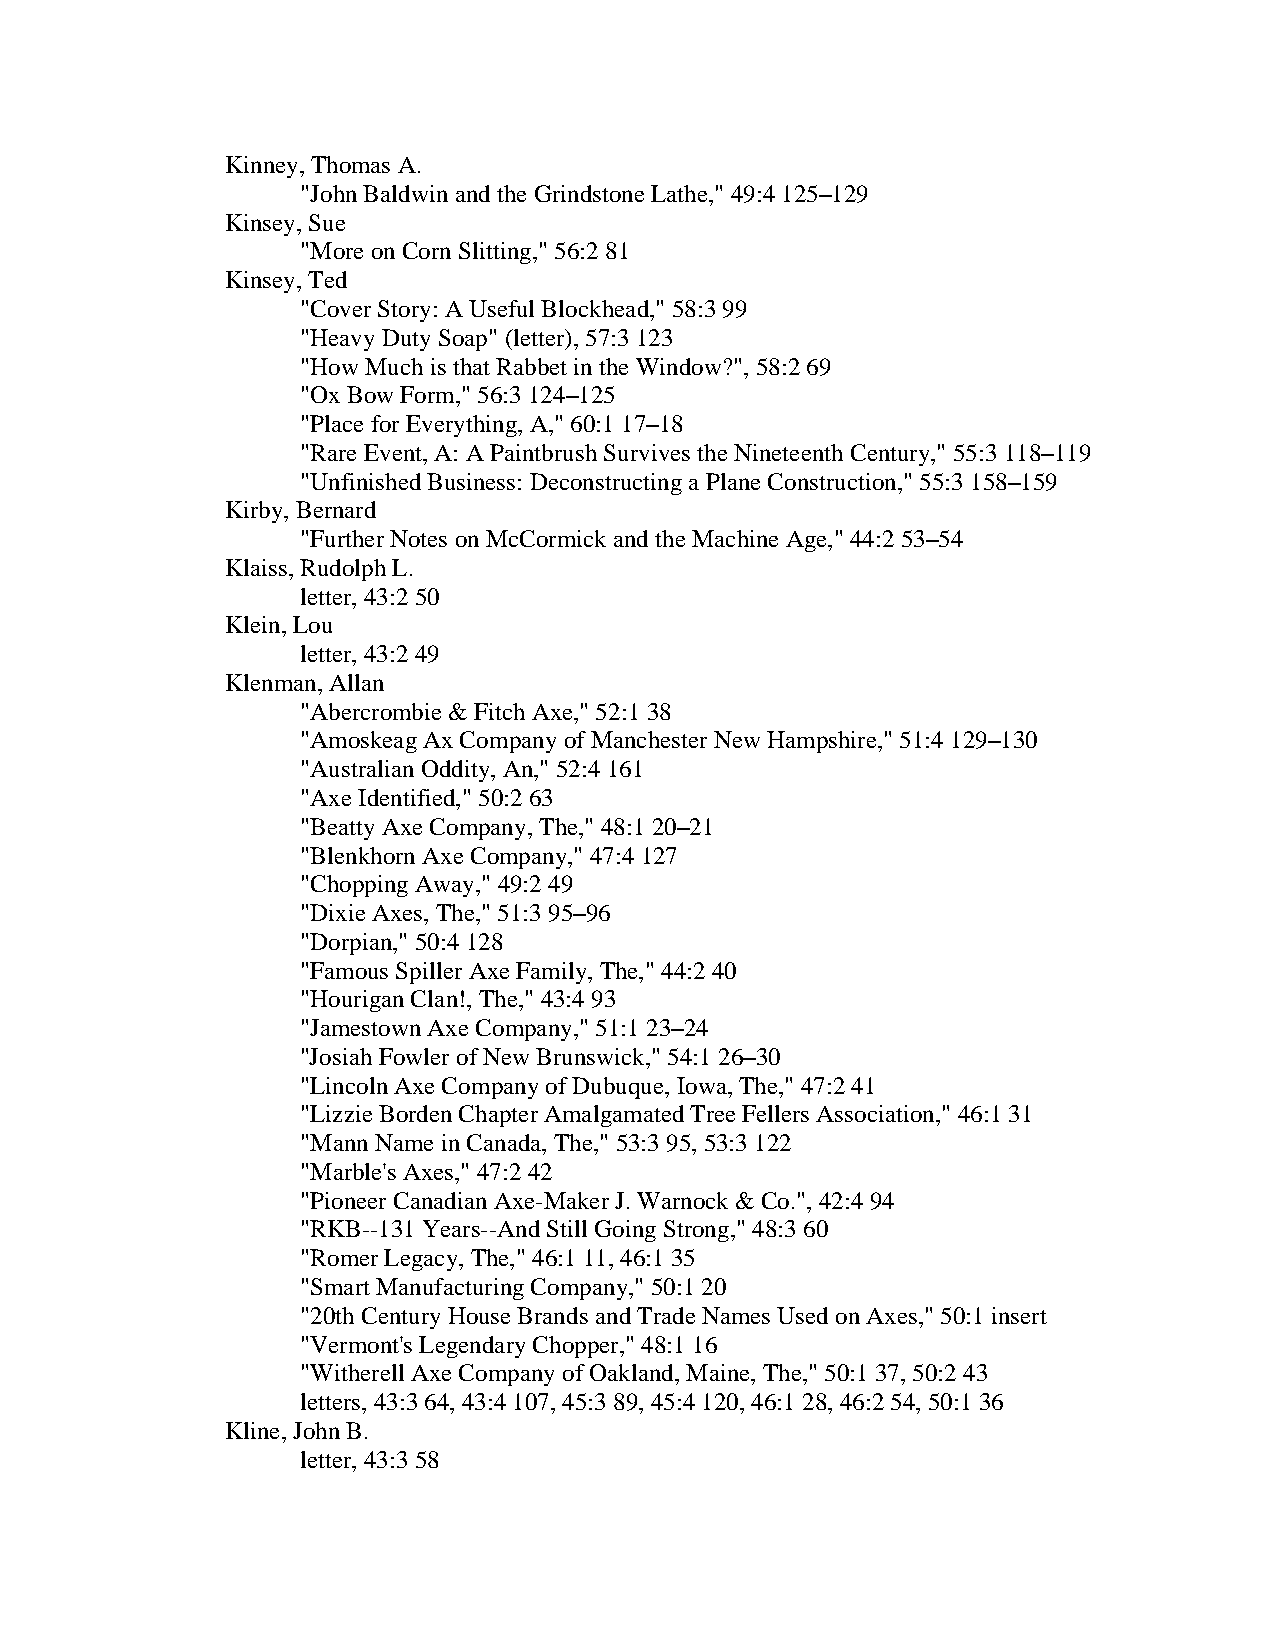
Kinney, Thomas A.
 "John Baldwin and the Grindstone Lathe," 49:4 125–129
 Kinsey, Sue
 "More on Corn Slitting," 56:2 81
 Kinsey, Ted
 "Cover Story: A Useful Blockhead," 58:3 99
 "Heavy Duty Soap" (letter), 57:3 123
 "How Much is that Rabbet in the Window?", 58:2 69
 "Ox Bow Form," 56:3 124–125
 "Place for Everything, A," 60:1 17–18
 "Rare Event, A: A Paintbrush Survives the Nineteenth Century," 55:3 118–119
 "Unfinished Business: Deconstructing a Plane Construction," 55:3 158–159
 Kirby, Bernard
 "Further Notes on McCormick and the Machine Age," 44:2 53–54
 Klaiss, Rudolph L.
 letter, 43:2 50
 Klein, Lou
 letter, 43:2 49
 Klenman, Allan
 "Abercrombie & Fitch Axe," 52:1 38
 "Amoskeag Ax Company of Manchester New Hampshire," 51:4 129–130
 "Australian Oddity, An," 52:4 161
 "Axe Identified," 50:2 63
 "Beatty Axe Company, The," 48:1 20–21
 "Blenkhorn Axe Company," 47:4 127
 "Chopping Away," 49:2 49
 "Dixie Axes, The," 51:3 95–96
 "Dorpian," 50:4 128
 "Famous Spiller Axe Family, The," 44:2 40
 "Hourigan Clan!, The," 43:4 93
 "Jamestown Axe Company," 51:1 23–24
 "Josiah Fowler of New Brunswick," 54:1 26–30
 "Lincoln Axe Company of Dubuque, Iowa, The," 47:2 41
 "Lizzie Borden Chapter Amalgamated Tree Fellers Association," 46:1 31
 "Mann Name in Canada, The," 53:3 95, 53:3 122
 "Marble's Axes," 47:2 42
 "Pioneer Canadian Axe-Maker J. Warnock & Co.", 42:4 94
 "RKB--131 Years--And Still Going Strong," 48:3 60
 "Romer Legacy, The," 46:1 11, 46:1 35
 "Smart Manufacturing Company," 50:1 20
 "20th Century House Brands and Trade Names Used on Axes," 50:1 insert
 "Vermont's Legendary Chopper," 48:1 16
 "Witherell Axe Company of Oakland, Maine, The," 50:1 37, 50:2 43
 letters, 43:3 64, 43:4 107, 45:3 89, 45:4 120, 46:1 28, 46:2 54, 50:1 36
 Kline, John B.
 letter, 43:3 58